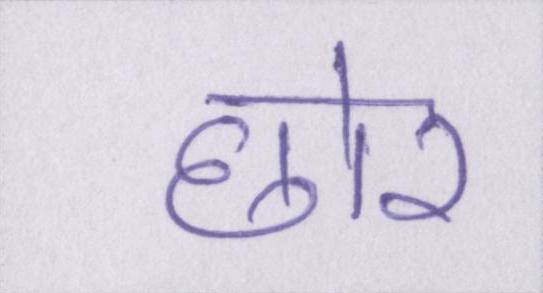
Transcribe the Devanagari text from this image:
छोर